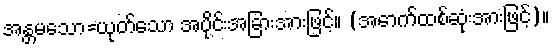
အန္တမသော=ယုတ်သော အပိုင်းအခြားအားဖြင့်။ (အောက်ထစ်ဆုံးအားဖြင့်)။